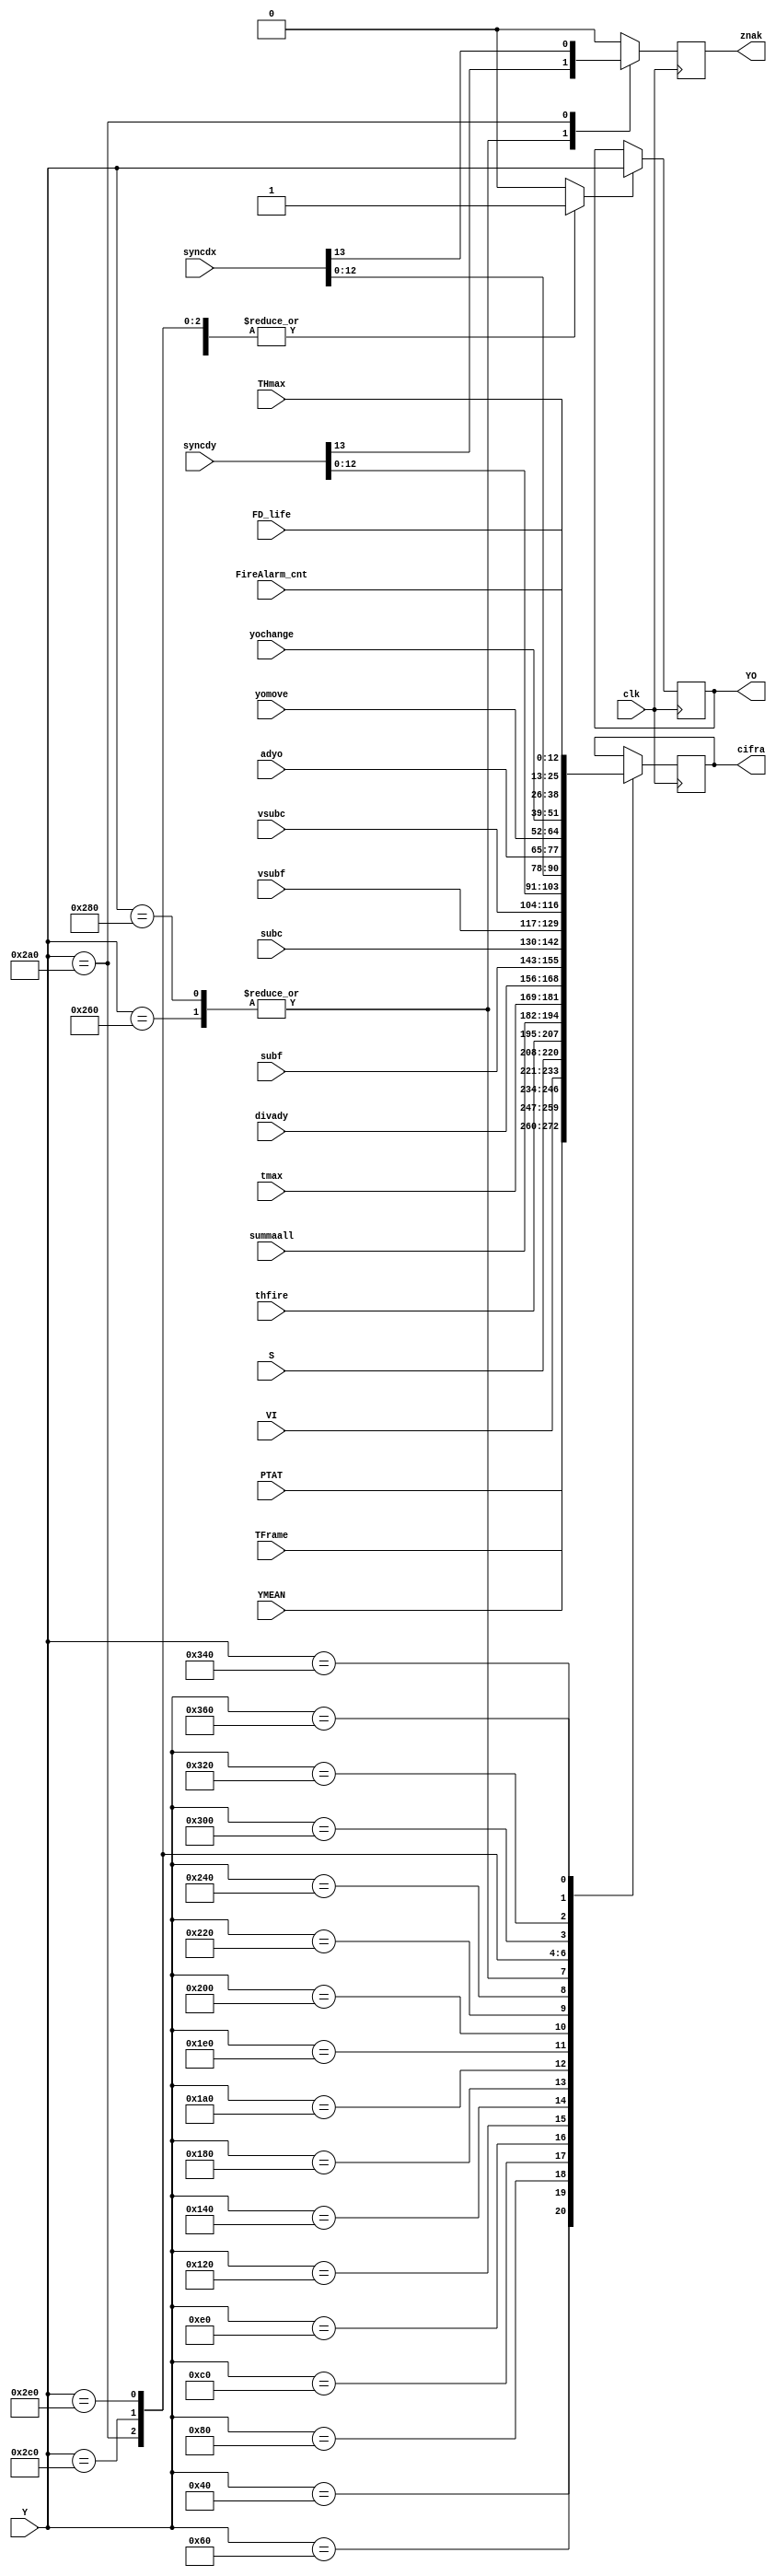
module Draw_cifra(
	input wire clk,
	input wire [10:0] Y,
	input wire [12:0] PTAT,
	input wire [12:0] YMEAN,
	input wire [12:0] S,
	input wire [12:0] divady,
	input wire [12:0] thfire,
	input wire [12:0] summaall,
	input wire [12:0] subf,
	input wire [12:0] subc,
	input wire [12:0] vsubf,
	input wire [12:0] vsubc,
	input wire [12:0] tmax,
	input wire [12:0] adyo,
	input wire [12:0] yochange,
	input wire [12:0] yomove,
	input wire [13:0] syncdy,
	input wire [13:0] syncdx,
	input wire [12:0] VI,
	input wire [12:0] TFrame,
	input wire [12:0] THmax,
	input wire [12:0] FireAlarm_cnt,
	input wire [12:0] FD_life,
	output reg [12:0] cifra,
	output reg znak,
	output reg [10:0] YO
	);
	reg flag = 0;
	
always @ (posedge clk)	begin
	flag = 1;
	znak =0;
	case(Y) 
		11'h040: begin
			cifra <= PTAT;
		end
		11'h60: begin
			cifra <= YMEAN;
		end
		11'h080: begin
			cifra <= TFrame; 
		end
		//
		11'h0C0: begin
			cifra <= VI; 
		end
		11'h0E0: begin
			cifra <= S;
		end
		//
		11'h120: begin
			cifra <= thfire;
		end
		11'h140: begin
			cifra <= summaall;
		end
		//
		11'h180: begin
			cifra <= tmax;
		end
			11'h1A0: begin
			cifra <= divady;
		end
		//
		11'h1E0: begin
			cifra <= subf;
		end
		11'h200: begin
			cifra <= subc;
		end
		11'h220: begin
			cifra <= vsubf;
		end
		11'h240: begin
			cifra <= vsubc;
		end
		//
		11'h260: begin
			cifra <= syncdy[12:0];
			znak = syncdy[13];
		end
		11'h280: begin
			cifra <= syncdy[12:0];
			znak = syncdy[13];
		end
		11'h2A0: begin
			cifra <= syncdx[12:0];
			znak = syncdx[13];
		end
		11'h2C0: begin
			cifra <= adyo;
		end
		11'h2E0: begin
			cifra <= yomove;
		end
		11'h300: begin
			cifra <= yochange;
		end
		11'h320: begin
			cifra <= THmax;
		end
		11'h340: begin
			cifra <= FireAlarm_cnt;
		end
		 11'h360: begin
			cifra <= FD_life;
		end
		default flag = 0; 
	endcase;
	if (flag == 1)
		YO <= Y;
end

endmodule